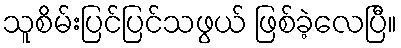
သူစိမ်းပြင်ပြင်သဖွယ် ဖြစ်ခဲ့လေပြီ။